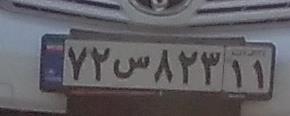
۷۲س۸۲۳۱۱